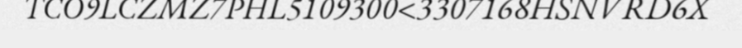
TCO9LCZMZ7PHL5109300<3307168HSNVRD6X